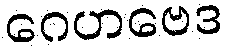
ဂေဟဗေဒ